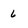
Character: 6